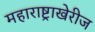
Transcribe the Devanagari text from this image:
महाराष्ट्राखेरीज